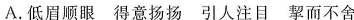
A.低眉顺眼得意扬扬引人注目挈而不舍